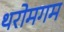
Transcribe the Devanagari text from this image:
थरोमगम